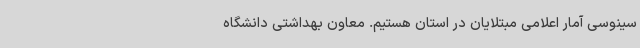
سینوسی آمار اعلامی مبتلایان در استان هستیم. معاون بهداشتی دانشگاه